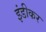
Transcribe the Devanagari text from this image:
इंडीकर